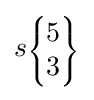
s\scriptstyle {\begin{Bmatrix}5\\3\end{Bmatrix}}